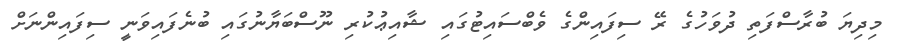
މިދިޔަ ބުރާސްފަތި ދުވަހުގެ ރޭ ސިފައިންގެ ވެބްސައިޓުގައި ޝާއިޢުކުރި ނޫސްބަޔާނުގައި ބުނެފައިވަނީ ސިފައިންނަށް